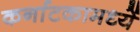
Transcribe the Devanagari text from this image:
कर्नाटकामध्यें